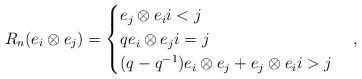
LaTeX: \begin{align*}R_n(e_i\otimes e_j)=\begin{cases} e_j\otimes e_i i< j\\ qe_i\otimes e_j i=j\\ (q-q^{-1})e_i\otimes e_j + e_{j}\otimes e_i i>j\end{cases},\end{align*}